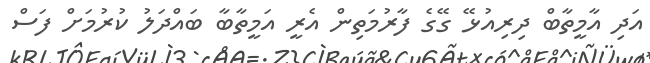
އަދި އާމީތާބް ދިރިއުޅޭ ގޭގެ ފާރުމަތިން އެރީ އަމީތާބާ ބައްދަލު ކުރުމަށް ފަސް